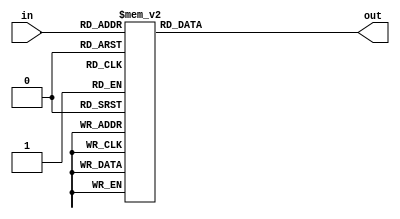
module seg7a(
  input     [3:0]     in,
  output    [7:0]     out
);

	reg [7:0] temp;

  always @(*) begin
	 case (in)
      4'b0000: temp=8'b01000000;         //0
      4'b0001: temp=8'b01111001;         //1
		4'b0010: temp=8'b00100100;         //2
		4'b0011: temp=8'b00110000;         //3
	   4'b0100: temp=8'b00011001;         //4
		4'b0101: temp=8'b00010010;         //5
		4'b0110: temp=8'b00000010;         //6
		4'b0111: temp=8'b01111000;         //7
	  	4'b1000: temp=8'b00000000;         //8
	  	4'b1001: temp=8'b00010000;         //9
	  	4'b1010: temp=8'b00001000;         //A
	  	4'b1011: temp=8'b00000011;         //B
	  	4'b1100: temp=8'b01000110;         //C
	  	4'b1101: temp=8'b01000000;         //D
	  	4'b1110: temp=8'b00000110;         //E
	  	4'b1111: temp=8'b00001110;         //F
	 endcase
  end
  assign out = temp;

endmodule